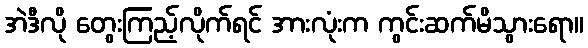
အဲဒီလို တွေးကြည့်လိုက်ရင် အားလုံးက ကွင်းဆက်မိသွားရော။